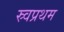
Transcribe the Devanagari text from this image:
स्र्वप्रथम